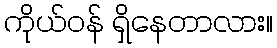
ကိုယ်ဝန် ရှိနေတာလား။